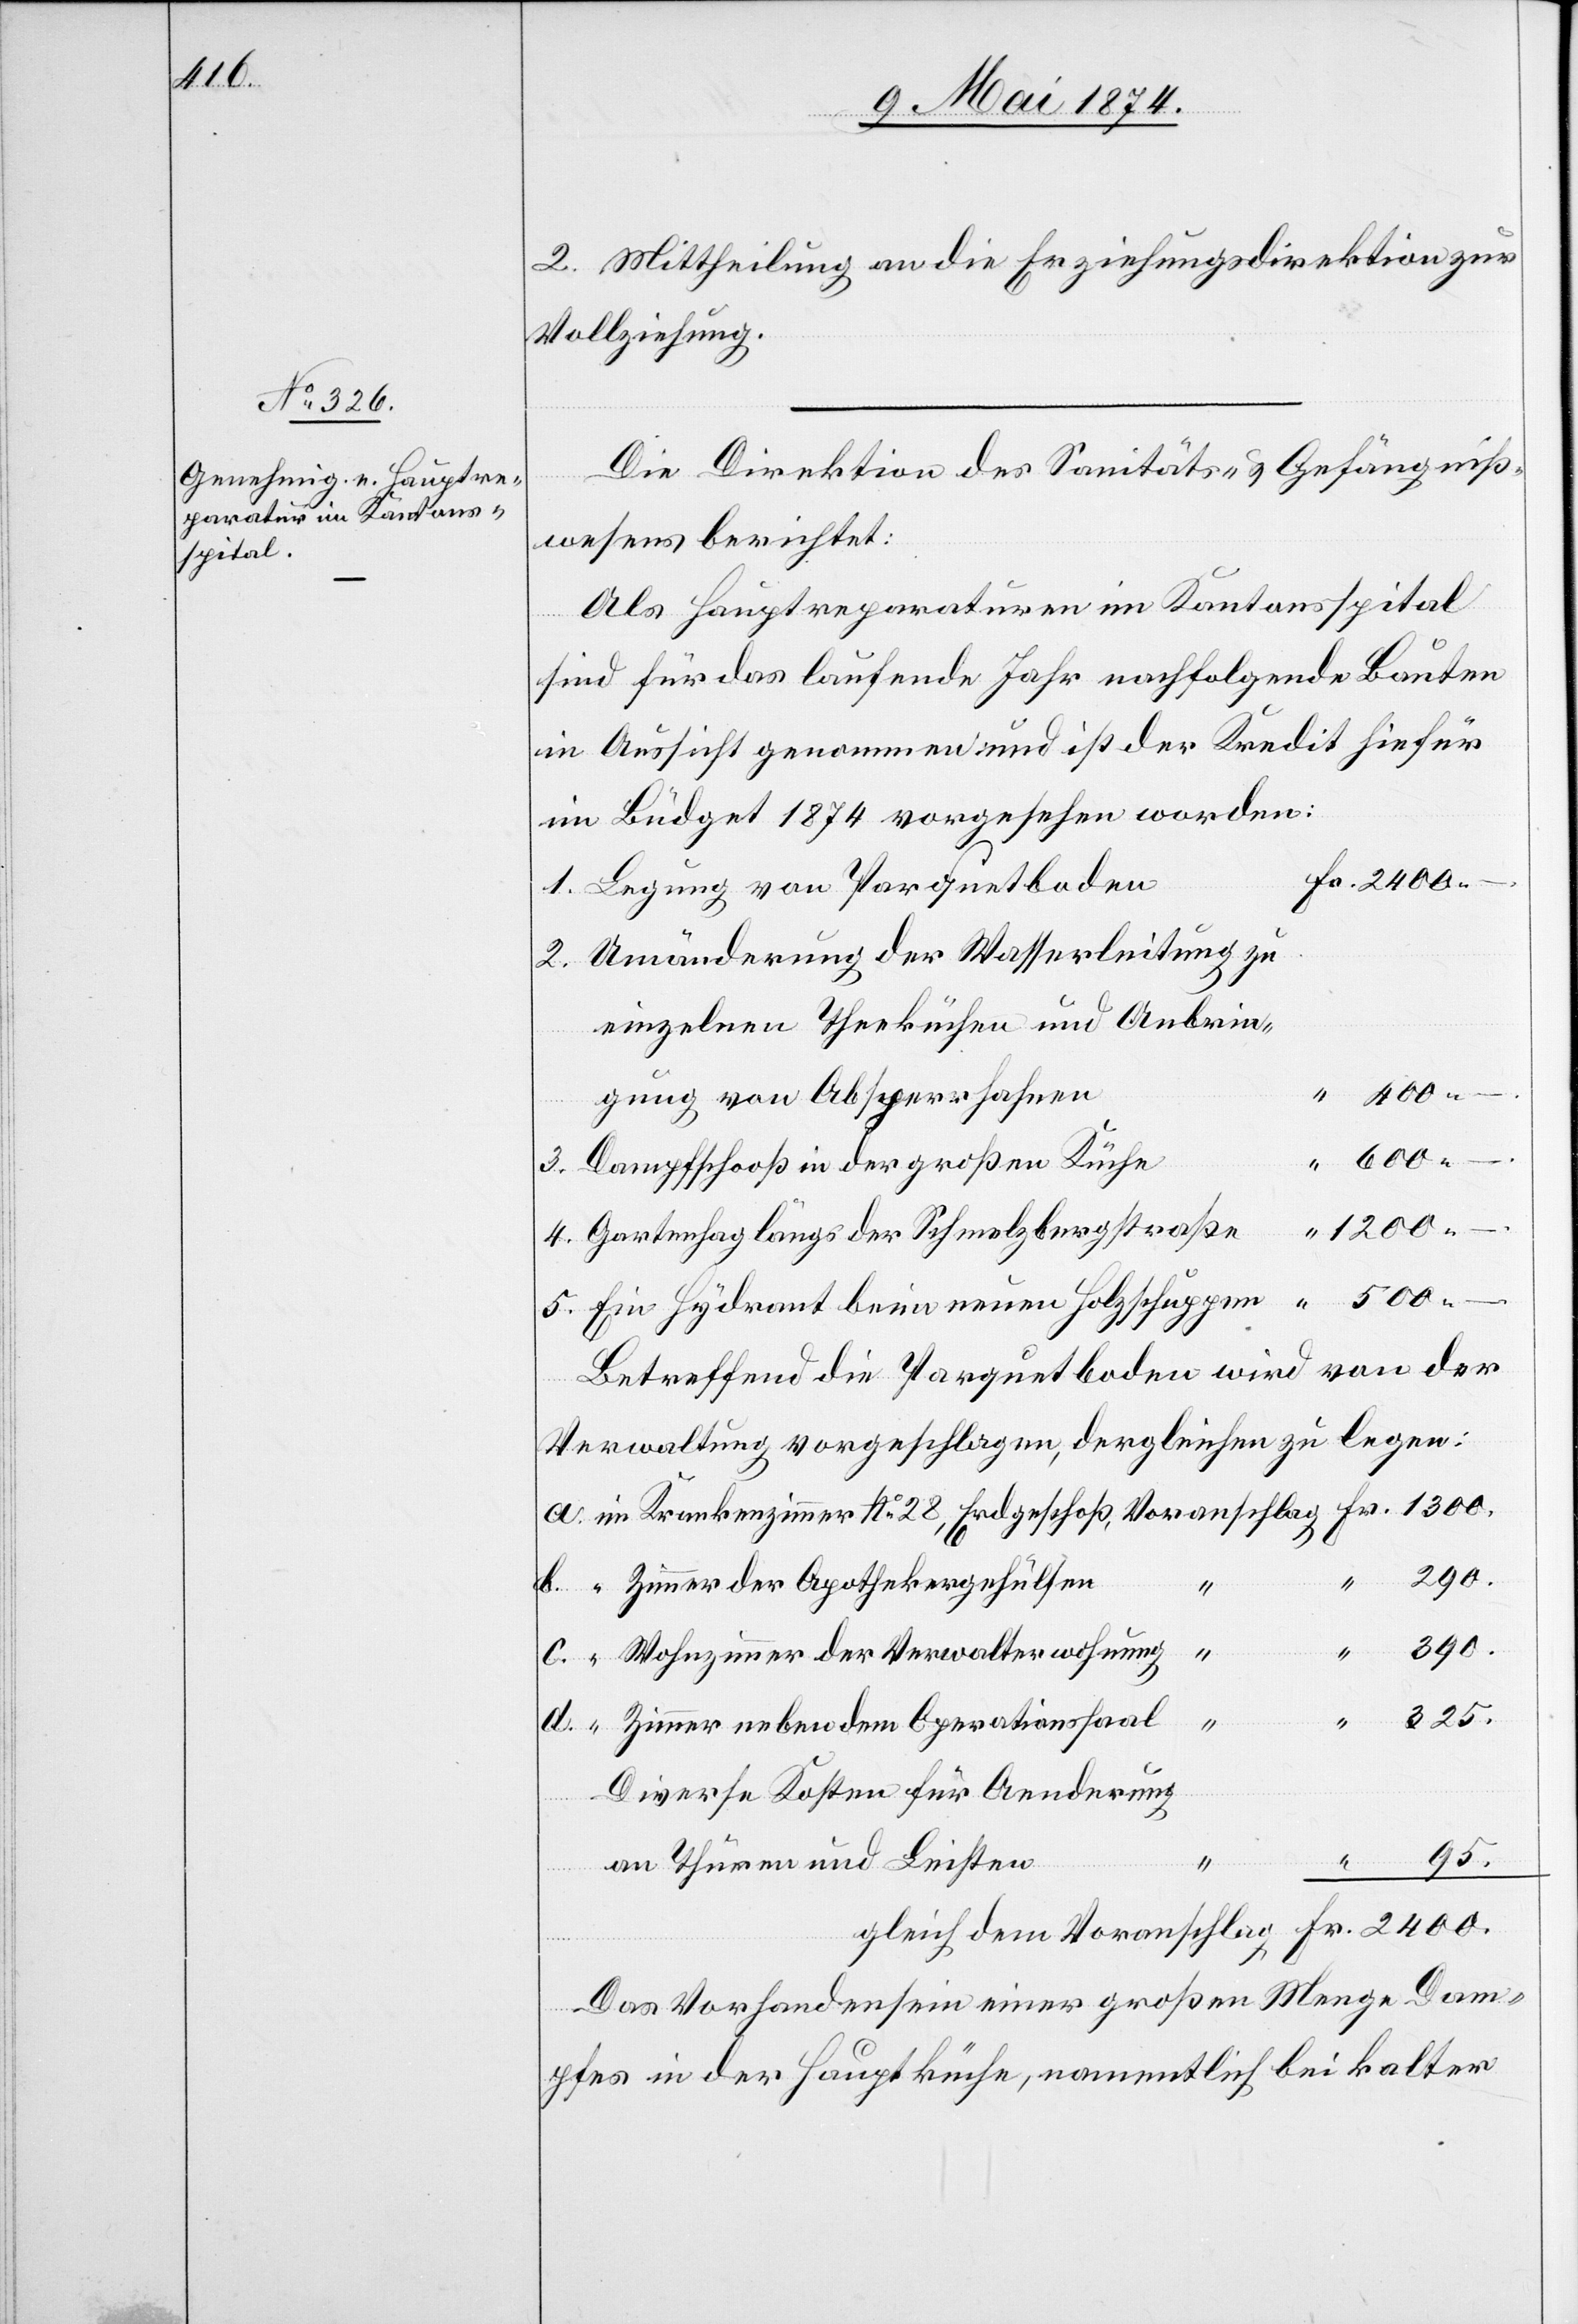
1300.

2. Mittheilung an die Erziehungsdirektion zur
Vollziehung.
Die Direktion des Sanitäts- u. Gefängniß¬
wesens berichtet:
Als Hauptreparaturen im Kantonsspital
schlag
sind für das laufende Jahr nachfolgende Bauten
in Aussicht genommen und ist der Kredit hiefür
im Büdget 1874 vorgesehen worden:
Legung von Parquetboden
Umänderung der Wasserleitung zu
einzelnen Theeküchen und Anbrin¬
neuen
gung von Absperrhahnen
dem
Dampfschooß in der großen Küche
3.
1200.
Gartenhag längs der Schmelzbergstraße
Verwaltung vorgeschlagen, dergleichen zu legen:
390.
Zimmer der Apothekergehülfen
2400.
4.
Wohnzimmer der Verwalterwohnung
Zimmer neben dem Operationssaal
Diverse Kosten für Aenderung
an Thüren und Leisten
Fr.
Das Vorhandensein einer großen Menge Dam¬
pfes in der Hauptküche, namentlich bei kalter